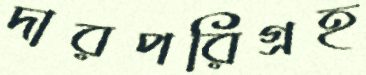
দারপরিগ্রহ